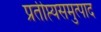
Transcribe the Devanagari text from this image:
प्रतीप्त्यसमुत्पाद